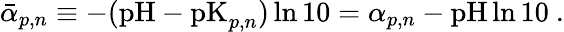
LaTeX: \begin{array}{r}{\bar{\alpha}_{p,n}\equiv-(\mathrm{pH}-\mathrm{pK}_{p,n})\ln{10}=\alpha_{p,n}-\mathrm{pH}\ln{10}\ .}\end{array}